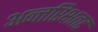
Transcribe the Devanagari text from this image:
अन्तरिक्षतट